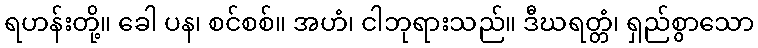
ရဟန်းတို့။ ခေါ ပန၊ စင်စစ်။ အဟံ၊ ငါဘုရားသည်။ ဒီဃရတ္တံ၊ ရှည်စွာသော